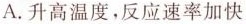
A. 升高温度，反应速率加快